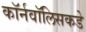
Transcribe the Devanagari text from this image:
कॉर्नवॉलिसकडे